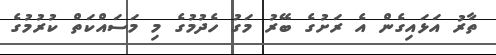
ތާރު އަޅައިގެން އެ ރަށުގެ ބޭރު މަގު ހެދުމުގެ މި މަސައްކަތް ކުރުމުގެ